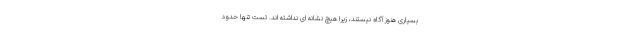
بسیاری هنوز آگاه نیستند، زیرا هیچ نشانه ای نداشته اند. تست تنها حدود